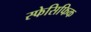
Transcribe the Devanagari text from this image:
स्फेसिफिक